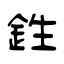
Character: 鉎